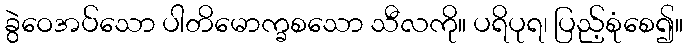
ခွဲဝေအပ်သော ပါတိမောက္ခစသော သီလကို။ ပရိပုရ၊ ပြည့်စုံစေ၍။